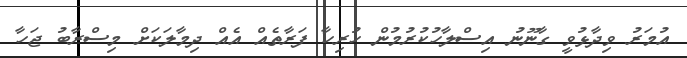
އުމަރު ވިދާޅުވީ ގާނޫނު އިސްލާހުކުރުމުން ހުރިހާ ފަރާތެއް އެއް ދިމާލަކަށް މިސްރާބު ޖަހާ